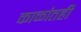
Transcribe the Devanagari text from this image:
काळांतही